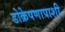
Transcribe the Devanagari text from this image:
डोक्रेपणापाशी